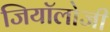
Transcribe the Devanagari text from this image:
जियॉलोजी